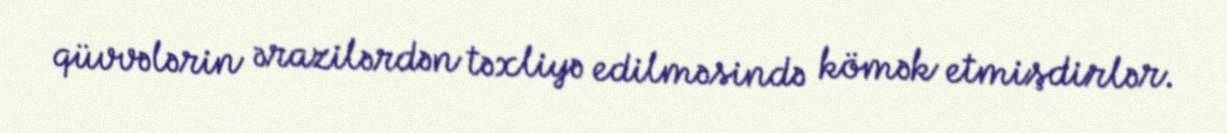
qüvvələrin ərazilərdən təxliyə edilməsində kömək etmişdirlər.